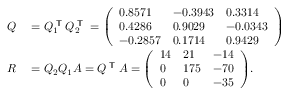
\begin{array} { r l } { Q } & { { } = Q _ { 1 } ^ { \textsf { T } } Q _ { 2 } ^ { \textsf { T } } = { \left( \begin{array} { l l l } { 0 . 8 5 7 1 } & { - 0 . 3 9 4 3 } & { 0 . 3 3 1 4 } \\ { 0 . 4 2 8 6 } & { 0 . 9 0 2 9 } & { - 0 . 0 3 4 3 } \\ { - 0 . 2 8 5 7 } & { 0 . 1 7 1 4 } & { 0 . 9 4 2 9 } \end{array} \right) } } \\ { R } & { { } = Q _ { 2 } Q _ { 1 } A = Q ^ { \textsf { T } } A = { \left( \begin{array} { l l l } { 1 4 } & { 2 1 } & { - 1 4 } \\ { 0 } & { 1 7 5 } & { - 7 0 } \\ { 0 } & { 0 } & { - 3 5 } \end{array} \right) } . } \end{array}